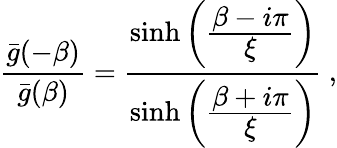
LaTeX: {\frac{{\bar{g}}(-\beta)}{{\bar{g}}(\beta)}}={\frac{\sinh\left({\frac{\displaystyle\beta-i\pi}{\displaystyle\xi}}\right)}{\sinh\left({\frac{\displaystyle\beta+i\pi}{\displaystyle\xi}}\right)}}\ ,